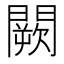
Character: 闕